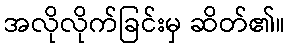
အလိုလိုက်ခြင်းမှ ဆိတ်၏။